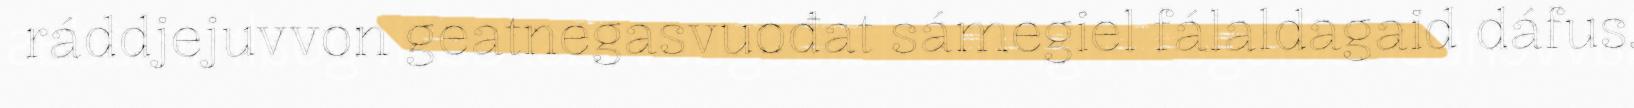
ráddjejuvvon geatnegasvuođat sámegiel fálaldagaid dáfus.